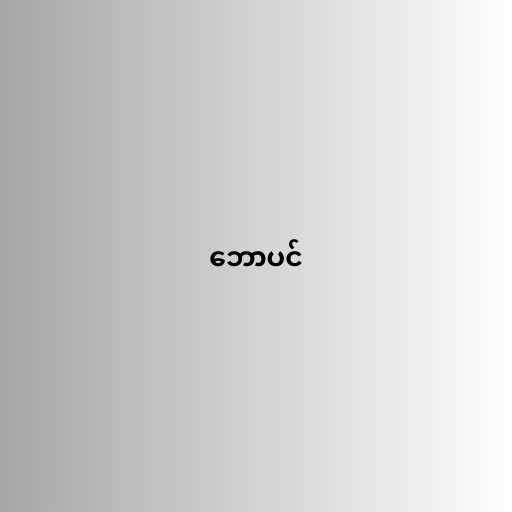
ဘောပင်